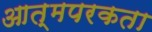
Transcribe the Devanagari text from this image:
आत्मपरकता